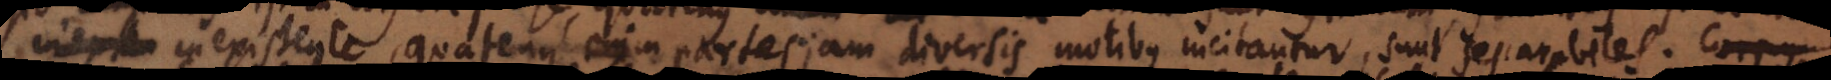
inexistente, quatenus enim partes jam diversis motibus incitantur, sunt separabiles. Corpus